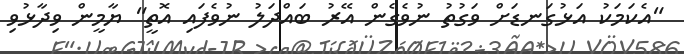
"އެކަމަކު އަޅުގަނޑަށް ވަގުތު ނުވެގެން އޭރު ބައްދަލު ނުވެފައި އޮތީ" ޔާމީން ވިދާޅުވި